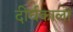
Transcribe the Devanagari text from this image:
दीर्घकालों